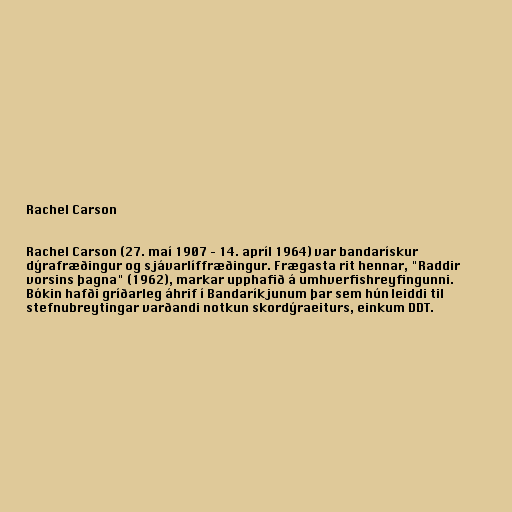
Rachel Carson

Rachel Carson (27. maí 1907 – 14. apríl 1964) var bandarískur
dýrafræðingur og sjávarlíffræðingur. Frægasta rit hennar, "Raddir
vorsins þagna" (1962), markar upphafið á umhverfishreyfingunni.
Bókin hafði gríðarleg áhrif í Bandaríkjunum þar sem hún leiddi til
stefnubreytingar varðandi notkun skordýraeiturs, einkum DDT.